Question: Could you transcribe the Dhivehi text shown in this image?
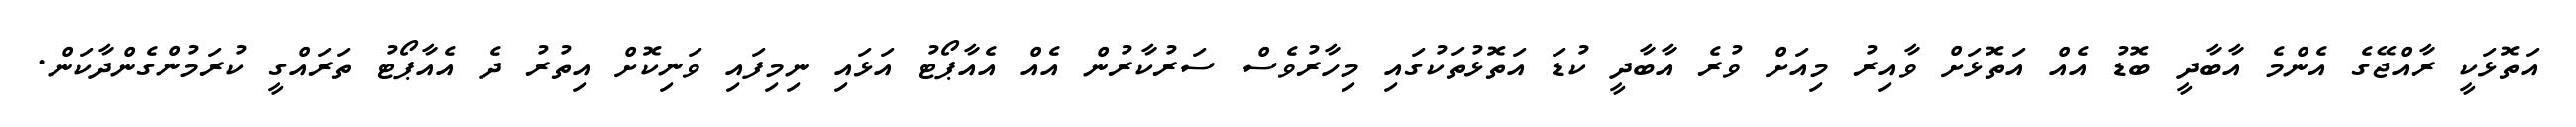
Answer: އަތޮޅަކީ ރާއްޖޭގެ އެންމެ އާބާދީ ބޮޑު އެއް އަތޮޅަށް ވާއިރު މިއަށް ވުރެ އާބާދީ ކުޑަ އަތޮޅުތަކުގައި މިހާރުވެސް ސަރުކާރުން އެއް އެއާޕޯޓު އަޅައި ނިމިފައި ވަނިކޮށް އިތުރު ދެ އެއާޕޯޓު ތަރައްގީ ކުރަމުންގެންދާކަން.